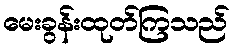
မေးခွန်းထုတ်ကြသည်